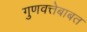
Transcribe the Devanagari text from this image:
गुणवत्तेबाबत